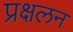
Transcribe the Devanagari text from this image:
प्रक्षलन